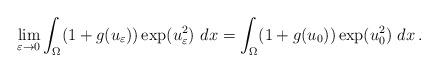
LaTeX: \begin{align*}\lim_{\varepsilon\to 0}\int_\Omega (1+g(u_\varepsilon)) \exp(u_\varepsilon^2)~ dx=\int_\Omega (1+g(u_0)) \exp(u_0^2)~ dx\,. \end{align*}